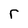
Character: r